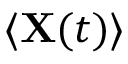
\langle \mathbf { X } ( t ) \rangle